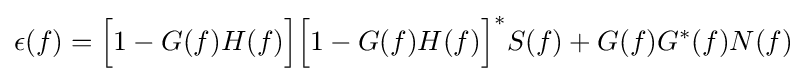
\epsilon (f)={\Big [}1-G(f)H(f){\Big ]}{\Big [}1-G(f)H(f){\Big ]}^{*}S(f)+G(f)G^{*}(f)N(f)